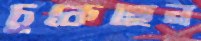
চুকেছেন